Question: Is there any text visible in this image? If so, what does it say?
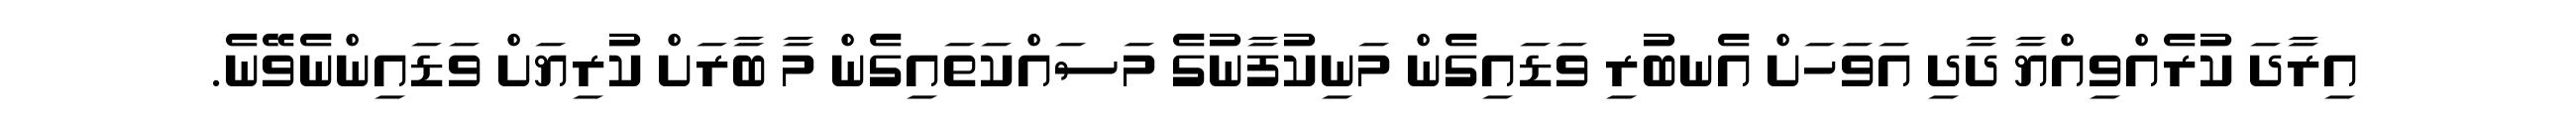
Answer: އިރާދަ ކުރެއްވިއްޔާ ދާދި އަވަހަށް އެނބުރި ވަޑައިގެން މަނިކުފާނުގެ މަސައްކަތައިގެން މާ ބާރަށް ކުރިޔަށް ވަޑައިންނެވޭނެ.